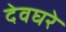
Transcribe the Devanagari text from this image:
देवघरे